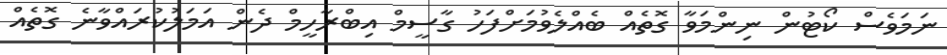
ނަމަވެސް ކޯޓުން ނިންމަވާ ގޮތެއް ބެއްލެވުމަށްފަހު ގާސީމް އިބްރާހީމް ދެން އަމަލުކުރައްވާނެ ގޮތެއް